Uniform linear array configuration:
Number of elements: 16
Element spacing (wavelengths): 1
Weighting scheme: blackman
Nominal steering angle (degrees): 45
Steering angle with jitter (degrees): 43.253
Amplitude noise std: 0.05
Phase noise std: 0.05

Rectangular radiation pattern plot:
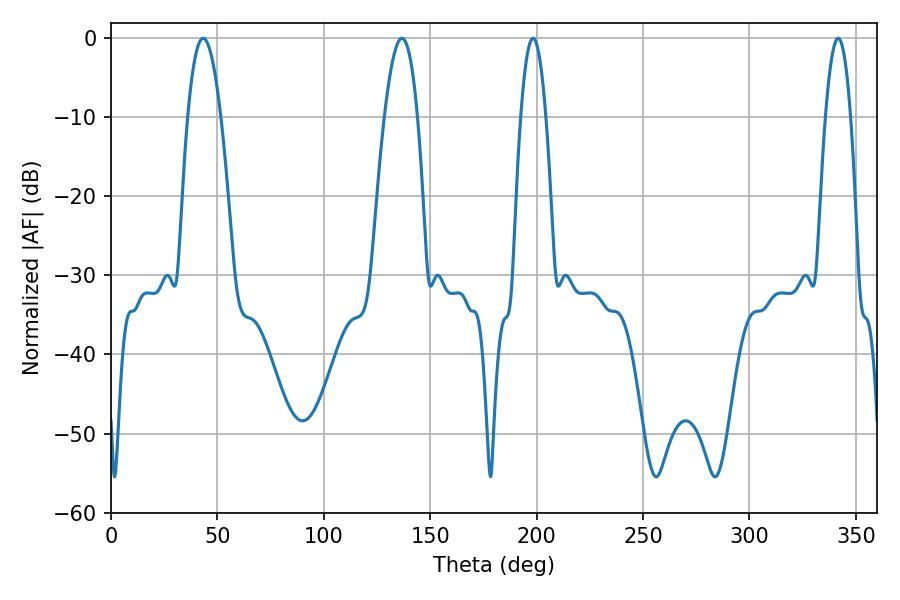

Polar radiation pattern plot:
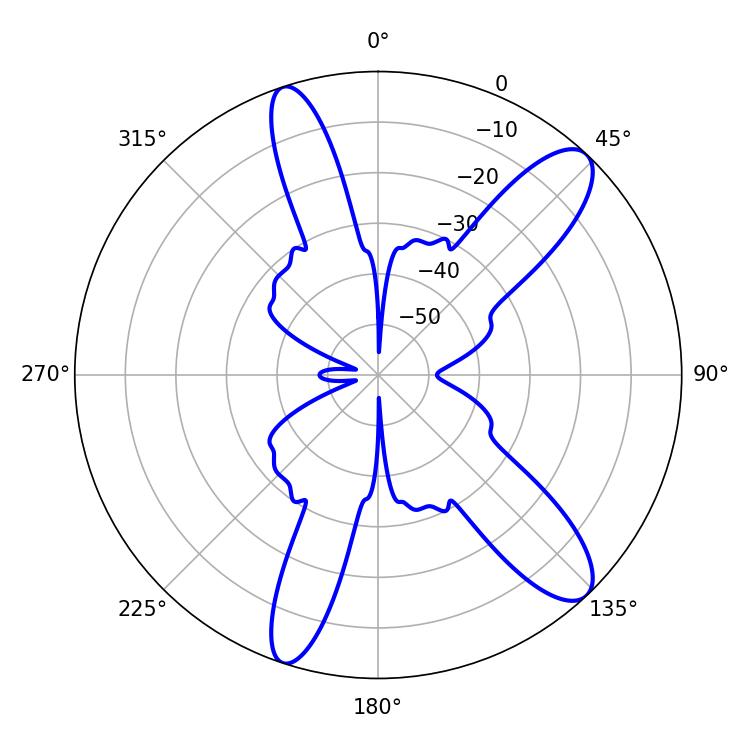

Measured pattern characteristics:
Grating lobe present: TRUE
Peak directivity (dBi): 11.429
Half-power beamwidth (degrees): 6.48
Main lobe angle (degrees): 198.36